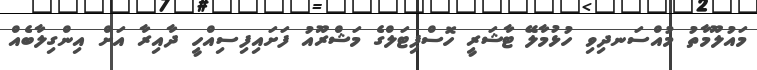
މައުލޫމާތު މުއްސަނދިވި ހުޅުމާލޭ ޓާޝަރީ ހޮސްޕިޓަލްގެ މަޝްރޫއު ފަށައިފިސިއްހީ ދާއިރާ އަށް އިންގިލާބެއް